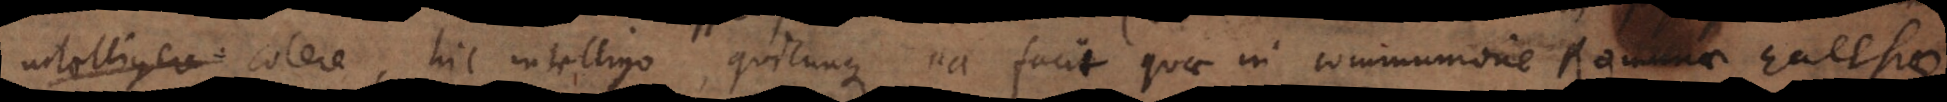
colere, hic intelligo, quicunque ea facit quae in communione Romanae Ecclesiae